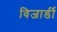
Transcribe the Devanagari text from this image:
विजार्डी